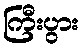
ကြီးပွား